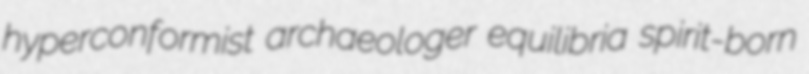
hyperconformist archaeologer equilibria spirit-born